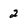
Character: 2